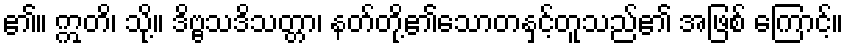
၏။ ဣတိ၊ သို့။ ဒိဗ္ဗသဒိသတ္တာ၊ နတ်တို့၏သောတနှင့်တူသည်၏ အဖြစ် ကြောင့်။